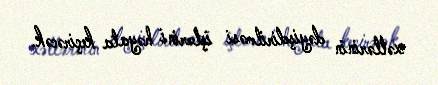
xətlərinin dəyişdirilməsi işlərini həyata keçirəcək.